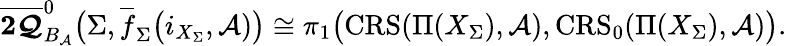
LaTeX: \boldsymbol{\overline{{2\mathcal{Q}}}}_{B_{\mathcal{A}}}^{0}\big(\Sigma,\overline{{f}}_{\Sigma}\big(i_{X_{\Sigma}},\mathcal{A})\big)\cong\pi_{1}\big(\mathbf{\mathrm{CRS}}(\Pi(X_{\Sigma}),\mathcal{A}),\mathbf{\mathrm{CRS}}_{0}(\Pi(X_{\Sigma}),\mathcal{A})\big).